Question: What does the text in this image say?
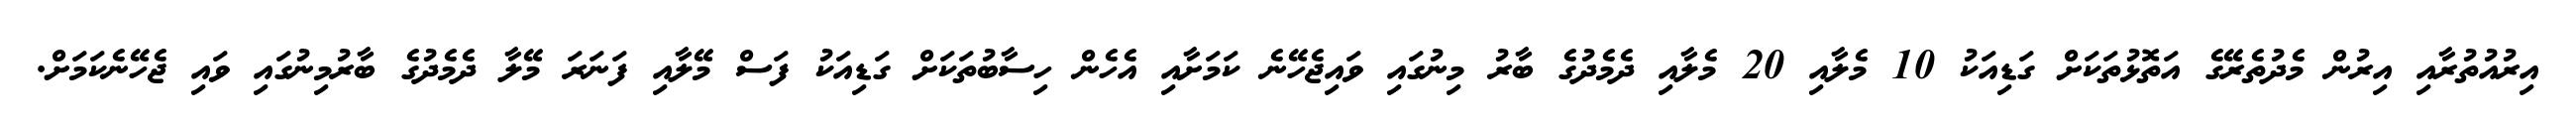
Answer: އިރުއުތުރާއި އިރުން މެދުތެރޭގެ އަތޮޅުތަކަށް ގަޑިއަކު 10 މެލާއި 20 މެލާއި ދެމެދުގެ ބާރު މިނުގައި ވައިޖެހޭނެ ކަމަށާއި އެހެން ހިސާބުތަކަށް ގަޑިއަކު ފަސް މޭލާއި ފަނަރަ މޭލާ ދެމެދުގެ ބާރުމިނުގައި ވައި ޖެހޭނެކަމަށް.